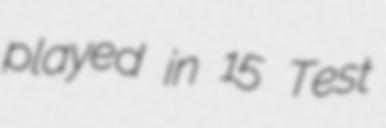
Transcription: played in 15 Test